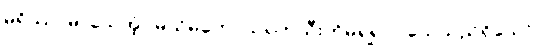
မရိဿာမိ၊ သေအံ့။ မယိမတေ၊ သရက်သီးကိုမရ၍ ငါသေသည်ရှိသော်။